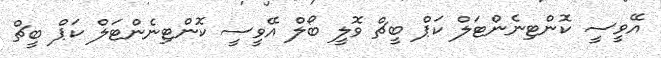
އޭވީސީ ކޮންޓިނެންޓަލް ކަޕް ބީޗް ވޮލީ ބޯލް އޭވީސީ ކޮންޓިނެންޓަލް ކަޕް ބީޗް